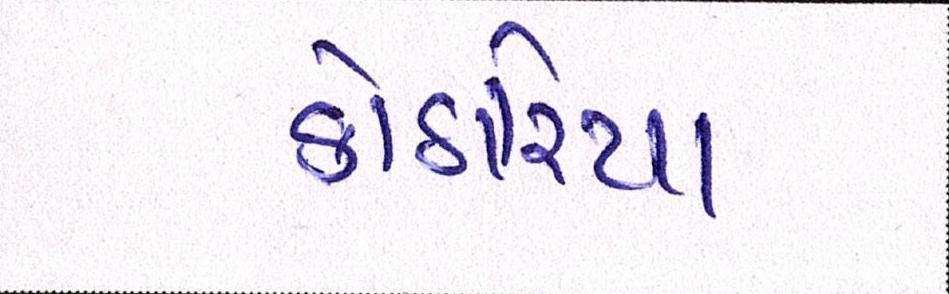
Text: કોઠારીયા